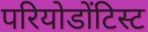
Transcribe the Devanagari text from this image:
परियोडोंटिस्ट